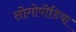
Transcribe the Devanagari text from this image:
लोगोपीडिया